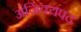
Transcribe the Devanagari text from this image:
अंजिक्यपद